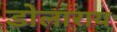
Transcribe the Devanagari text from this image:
डोलाराय